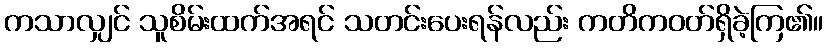
ကသာလျှင် သူစိမ်းထက်အရင် သတင်းပေးရန်လည်း ကတိကဝတ်ရှိခဲ့ကြ၏။